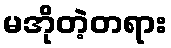
မအိုတဲ့တရား